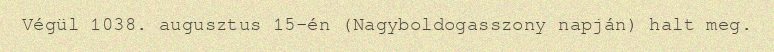
Végül 1038. augusztus 15-én (Nagyboldogasszony napján) halt meg.